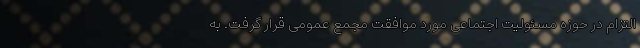
التزام در حوزه مسئولیت اجتماعی مورد موافقت مجمع عمومی قرار گرفت. به